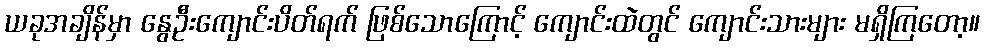
ယခုအချိန်မှာ နွေဦးကျောင်းပိတ်ရက် ဖြစ်သောကြောင့် ကျောင်းထဲတွင် ကျောင်းသားများ မရှိကြတော့။